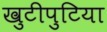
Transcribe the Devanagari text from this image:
खुटीपुटिया